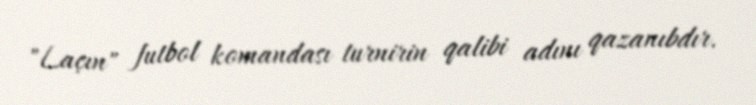
"Laçın" futbol komandası turnirin qalibi adını qazanıbdır.